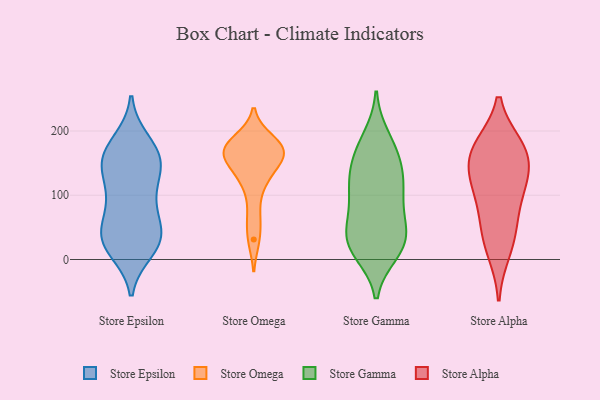
{"axis": {"x": "Conversion Rate (%)", "y": "Value"}, "legend": ["Store Alpha", "Store Epsilon", "Store Gamma", "Store Omega"], "data": [{"x": "", "y": 152, "type": "Store Epsilon"}, {"x": "", "y": 31, "type": "Store Epsilon"}, {"x": "", "y": 176, "type": "Store Epsilon"}, {"x": "", "y": 37, "type": "Store Epsilon"}, {"x": "", "y": 157, "type": "Store Epsilon"}, {"x": "", "y": 38, "type": "Store Epsilon"}, {"x": "", "y": 121, "type": "Store Epsilon"}, {"x": "", "y": 183, "type": "Store Epsilon"}, {"x": "", "y": 156, "type": "Store Epsilon"}, {"x": "", "y": 145, "type": "Store Epsilon"}, {"x": "", "y": 149, "type": "Store Epsilon"}, {"x": "", "y": 94, "type": "Store Epsilon"}, {"x": "", "y": 30, "type": "Store Epsilon"}, {"x": "", "y": 25, "type": "Store Epsilon"}, {"x": "", "y": 39, "type": "Store Epsilon"}, {"x": "", "y": 15, "type": "Store Epsilon"}, {"x": "", "y": 89, "type": "Store Epsilon"}, {"x": "", "y": 81, "type": "Store Epsilon"}, {"x": "", "y": 166, "type": "Store Omega"}, {"x": "", "y": 172, "type": "Store Omega"}, {"x": "", "y": 168, "type": "Store Omega"}, {"x": "", "y": 153, "type": "Store Omega"}, {"x": "", "y": 186, "type": "Store Omega"}, {"x": "", "y": 117, "type": "Store Omega"}, {"x": "", "y": 68, "type": "Store Omega"}, {"x": "", "y": 160, "type": "Store Omega"}, {"x": "", "y": 130, "type": "Store Omega"}, {"x": "", "y": 180, "type": "Store Omega"}, {"x": "", "y": 31, "type": "Store Omega"}, {"x": "", "y": 38, "type": "Store Gamma"}, {"x": "", "y": 177, "type": "Store Gamma"}, {"x": "", "y": 136, "type": "Store Gamma"}, {"x": "", "y": 190, "type": "Store Gamma"}, {"x": "", "y": 79, "type": "Store Gamma"}, {"x": "", "y": 126, "type": "Store Gamma"}, {"x": "", "y": 104, "type": "Store Gamma"}, {"x": "", "y": 11, "type": "Store Gamma"}, {"x": "", "y": 29, "type": "Store Gamma"}, {"x": "", "y": 50, "type": "Store Gamma"}, {"x": "", "y": 106, "type": "Store Gamma"}, {"x": "", "y": 30, "type": "Store Gamma"}, {"x": "", "y": 63, "type": "Store Gamma"}, {"x": "", "y": 14, "type": "Store Gamma"}, {"x": "", "y": 19, "type": "Store Gamma"}, {"x": "", "y": 154, "type": "Store Gamma"}, {"x": "", "y": 116, "type": "Store Gamma"}, {"x": "", "y": 164, "type": "Store Gamma"}, {"x": "", "y": 155, "type": "Store Alpha"}, {"x": "", "y": 172, "type": "Store Alpha"}, {"x": "", "y": 61, "type": "Store Alpha"}, {"x": "", "y": 40, "type": "Store Alpha"}, {"x": "", "y": 121, "type": "Store Alpha"}, {"x": "", "y": 175, "type": "Store Alpha"}, {"x": "", "y": 170, "type": "Store Alpha"}, {"x": "", "y": 121, "type": "Store Alpha"}, {"x": "", "y": 14, "type": "Store Alpha"}, {"x": "", "y": 104, "type": "Store Alpha"}]}